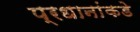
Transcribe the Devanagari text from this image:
प्रधानांकडे